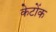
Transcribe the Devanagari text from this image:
केटोंक